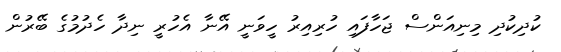
ކުދިކުދި މިނިއަންސް ޖަހާފައި ހުރިއިރު ހީވަނީ އޭނާ އެހުރީ ނިދާ ހެދުމުގެ ބޭރުން